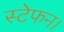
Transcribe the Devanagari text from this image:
स्टेफन।